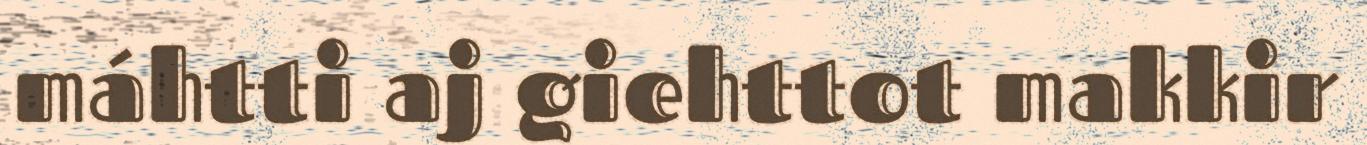
máhtti aj giehttot makkir